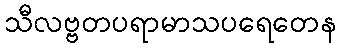
သီလဗ္ဗတပရာမာသပရေတေန